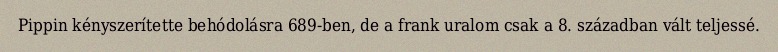
Pippin kényszerítette behódolásra 689-ben, de a frank uralom csak a 8. században vált teljessé.